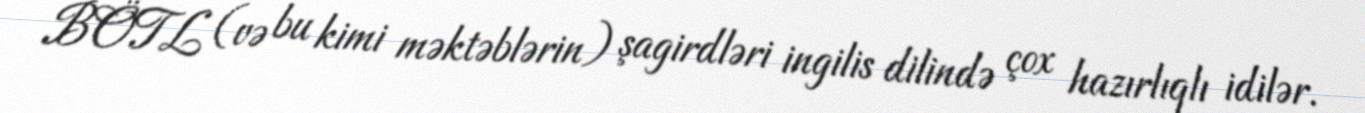
BÖTL (və bu kimi məktəblərin) şagirdləri ingilis dilində çox hazırlıqlı idilər.